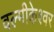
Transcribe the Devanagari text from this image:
वल्मीकेश्वर